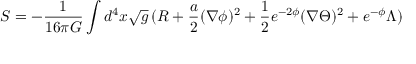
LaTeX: S = - \frac { 1 } { 1 6 \pi G } \int d ^ { 4 } x \sqrt { g } \, ( R + \frac { a } { 2 } ( \nabla \phi ) ^ { 2 } + \frac { 1 } { 2 } e ^ { - 2 \phi } ( \nabla \Theta ) ^ { 2 } + e ^ { - \phi } \Lambda )